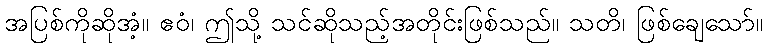
အပြစ်ကိုဆိုအံ့။ ဧဝံ၊ ဤသို့ သင်ဆိုသည့်အတိုင်းဖြစ်သည်။ သတိ၊ ဖြစ်ချေသော်။